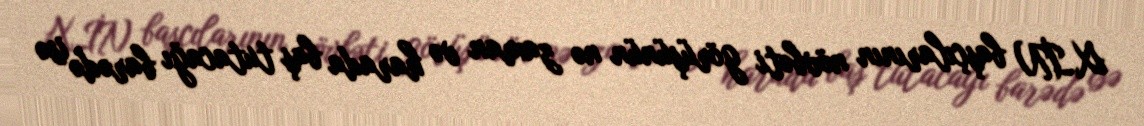
XİN başçılarının növbəti görüşünün nə zaman və harada baş tutacağı barədə isə